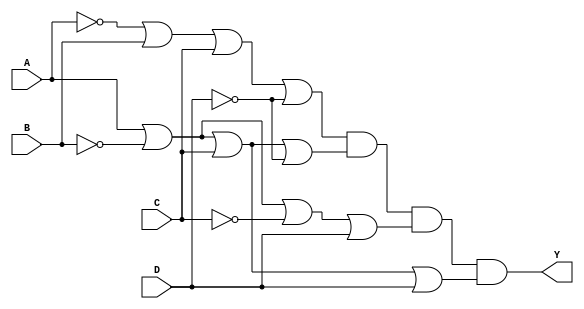
module pos_logic (
    input wire A,    // Input A
    input wire B,    // Input B
    input wire C,    // Input C
    input wire D,    // Input D
    output wire Y    // Output Y
);

// Sum terms for specific minterms (Assuming minterms for example)
// For example, let's consider minterms: 1, 2, 5, 6 (in binary: 0001, 0010, 0101, 0110)
//
// Corresponding sum terms (POS):
// 1 -> (A' + B + C + D')  => (0, 1, 0, 0) -> A' + B + C + D'
// 2 -> (A + B' + C + D')  => (1, 0, 0, 0) -> A + B' + C + D'
// 5 -> (A + B' + C' + D)  => (1, 0, 1, 0) -> A + B' + C' + D
// 6 -> (A + B' + C + D)   => (1, 0, 0, 1) -> A + B' + C + D

// Create the sum terms
wire sum1, sum2, sum3, sum4;

assign sum1 = (~A | B | C | ~D);  // Corresponding to minterm 1
assign sum2 = (A | ~B | C | ~D);  // Corresponding to minterm 2
assign sum3 = (A | ~B | ~C | D);  // Corresponding to minterm 5
assign sum4 = (A | ~B | C | D);   // Corresponding to minterm 6

// Combine the sum terms using AND gate for the final output
assign Y = sum1 & sum2 & sum3 & sum4;

endmodule